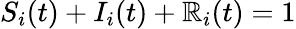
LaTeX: S_{i}(t)+I_{i}(t)+\mathbb{R}_{i}(t)=1